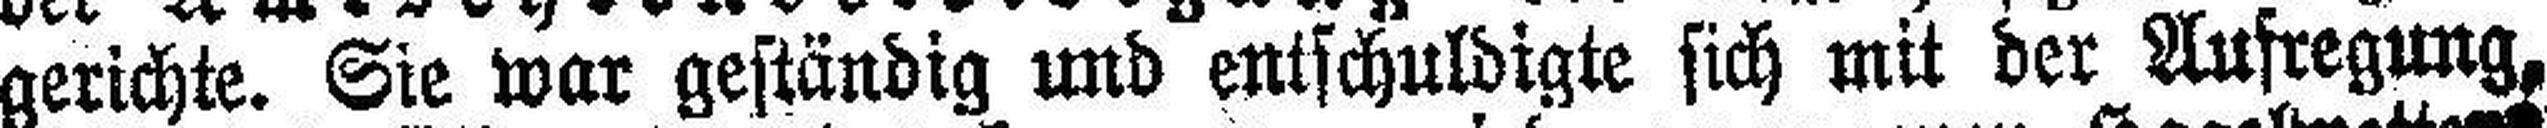
gerichte. Sie war geständig und entschuldigte sich mit der Aufregung,